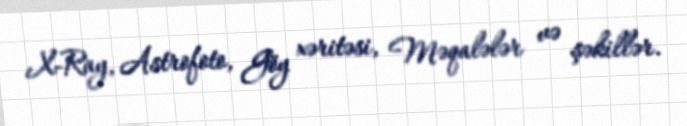
X-Ray, Astrofoto, Göy xəritəsi, Məqalələr və şəkillər.